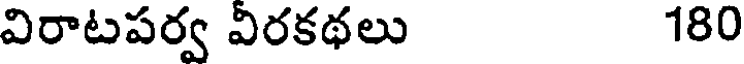
విరాటపర్వ విరకథలు 180